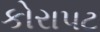
કોરાપટ